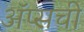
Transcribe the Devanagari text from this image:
ॲप्सची